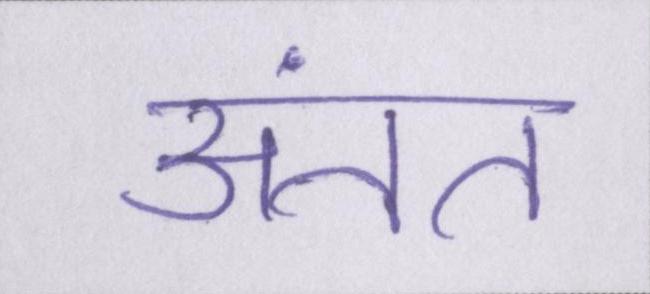
अंतत